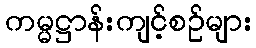
ကမ္မဋ္ဌာန်းကျင့်စဉ်များ